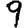
Digit: 9